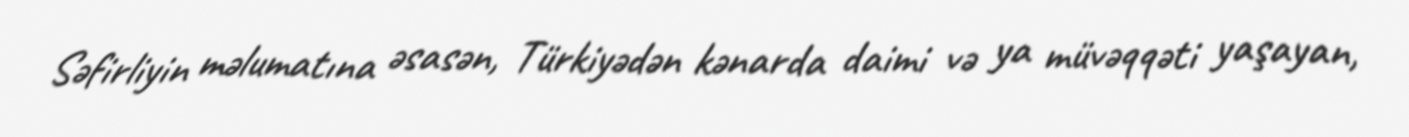
Səfirliyin məlumatına əsasən, Türkiyədən kənarda daimi və ya müvəqqəti yaşayan,